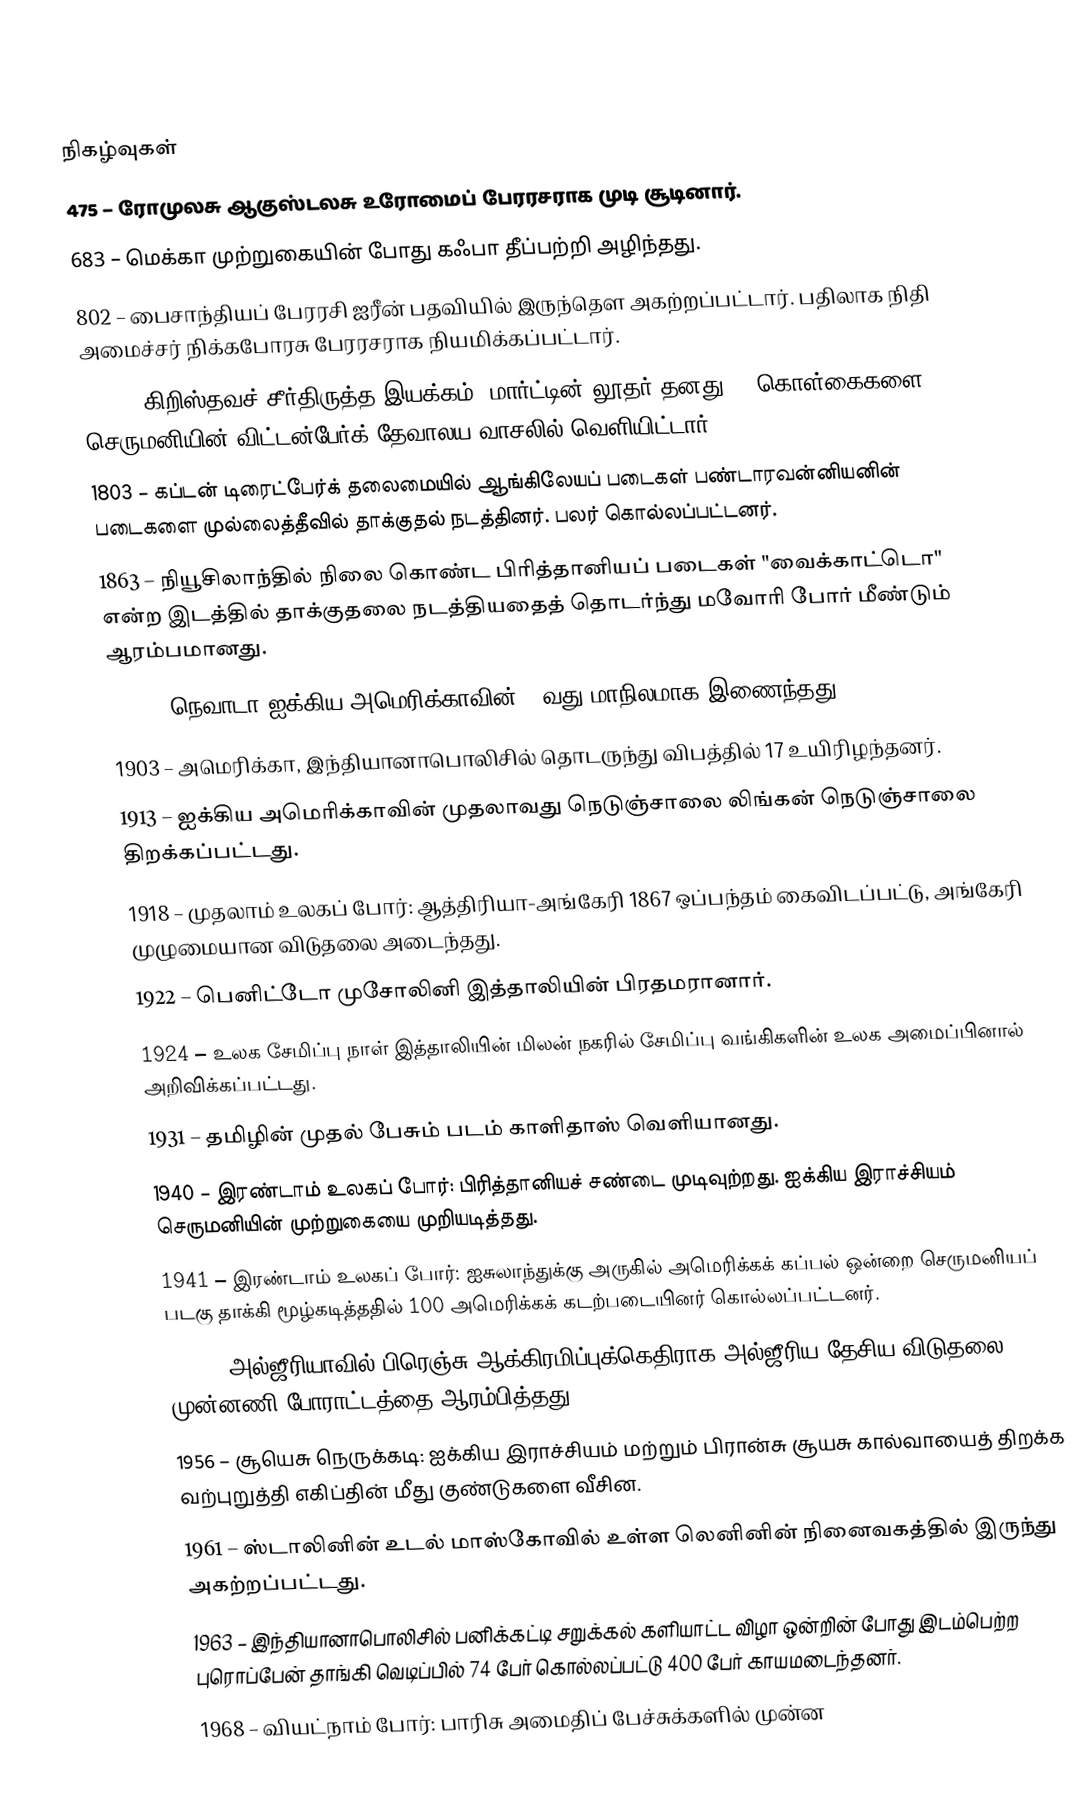

நிகழ்வுகள்
 475 – ரோமுலசு ஆகுஸ்டலசு உரோமைப் பேரரசராக முடி சூடினார்.
 683 – மெக்கா முற்றுகையின் போது கஃபா தீப்பற்றி அழிந்தது.
 802 – பைசாந்தியப் பேரரசி ஐரீன் பதவியில் இருந்தௌ அகற்றப்பட்டார். பதிலாக நிதி அமைச்சர் நிக்கபோரசு பேரரசராக நியமிக்கப்பட்டார்.
1517 – கிறிஸ்தவச் சீர்திருத்த இயக்கம்: மார்ட்டின் லூதர் தனது 95 கொள்கைகளை செருமனியின் விட்டன்பேர்க் தேவாலய வாசலில் வெளியிட்டார்.
1803 – கப்டன் டிரைட்பேர்க் தலைமையில் ஆங்கிலேயப் படைகள் பண்டாரவன்னியனின் படைகளை முல்லைத்தீவில் தாக்குதல் நடத்தினர். பலர் கொல்லப்பட்டனர்.
1863 – நியூசிலாந்தில் நிலை கொண்ட பிரித்தானியப் படைகள் "வைக்காட்டொ" என்ற இடத்தில் தாக்குதலை நடத்தியதைத் தொடர்ந்து மவோரி போர் மீண்டும் ஆரம்பமானது.
1864 – நெவாடா ஐக்கிய அமெரிக்காவின் 36வது மாநிலமாக இணைந்தது.
1903 – அமெரிக்கா, இந்தியானாபொலிசில் தொடருந்து விபத்தில் 17 உயிரிழந்தனர்.
1913 – ஐக்கிய அமெரிக்காவின் முதலாவது நெடுஞ்சாலை லிங்கன் நெடுஞ்சாலை திறக்கப்பட்டது.
1918 – முதலாம் உலகப் போர்: ஆத்திரியா-அங்கேரி 1867 ஒப்பந்தம் கைவிடப்பட்டு, அங்கேரி முழுமையான விடுதலை அடைந்தது.
1922 – பெனிட்டோ முசோலினி இத்தாலியின் பிரதமரானார்.
1924 – உலக சேமிப்பு நாள் இத்தாலியின் மிலன் நகரில் சேமிப்பு வங்கிகளின் உலக அமைப்பினால் அறிவிக்கப்பட்டது.
1931 – தமிழின் முதல் பேசும் படம் காளிதாஸ் வெளியானது.
1940 – இரண்டாம் உலகப் போர்: பிரித்தானியச் சண்டை முடிவுற்றது. ஐக்கிய இராச்சியம் செருமனியின் முற்றுகையை முறியடித்தது.
1941 – இரண்டாம் உலகப் போர்: ஐசுலாந்துக்கு அருகில் அமெரிக்கக் கப்பல் ஒன்றை செருமனியப் படகு தாக்கி மூழ்கடித்ததில் 100 அமெரிக்கக் கடற்படையினர் கொல்லப்பட்டனர்.
1954 – அல்ஜீரியாவில் பிரெஞ்சு ஆக்கிரமிப்புக்கெதிராக அல்ஜீரிய தேசிய விடுதலை முன்னணி போராட்டத்தை ஆரம்பித்தது.
1956 – சூயெசு நெருக்கடி: ஐக்கிய இராச்சியம் மற்றும் பிரான்சு சூயசு கால்வாயைத் திறக்க வற்புறுத்தி எகிப்தின் மீது குண்டுகளை வீசின.
1961 – ஸ்டாலினின் உடல் மாஸ்கோவில் உள்ள லெனினின் நினைவகத்தில் இருந்து அகற்றப்பட்டது.
1963 – இந்தியானாபொலிசில் பனிக்கட்டி சறுக்கல் களியாட்ட விழா ஒன்றின் போது இடம்பெற்ற புரொப்பேன் தாங்கி வெடிப்பில் 74 பேர் கொல்லப்பட்டு 400 பேர் காயமடைந்தனர்.
1968 – வியட்நாம் போர்: பாரிசு அமைதிப் பேச்சுக்களில் முன்ன